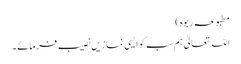
مطبوعہ ربوہ)
اللہ تعالیٰ ہم سب کو ایسی نمازیں نصیب فرمائے۔